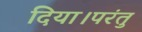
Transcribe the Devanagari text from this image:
दिया।परंतु